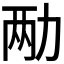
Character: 𫦩